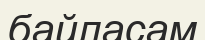
байласам